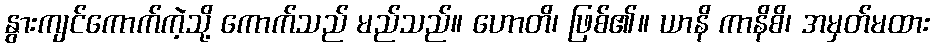
နွားကျင်ကောက်ကဲ့သို့ ကောက်သည် မည်သည်။ ဟောတိ၊ ဖြစ်၏။ ယာနိ ကာနိစိ၊ အမှတ်မထား